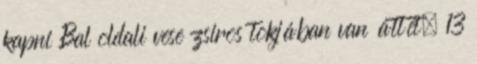
kapni Bal oldali vese zsiros tokjában van áttét. 13